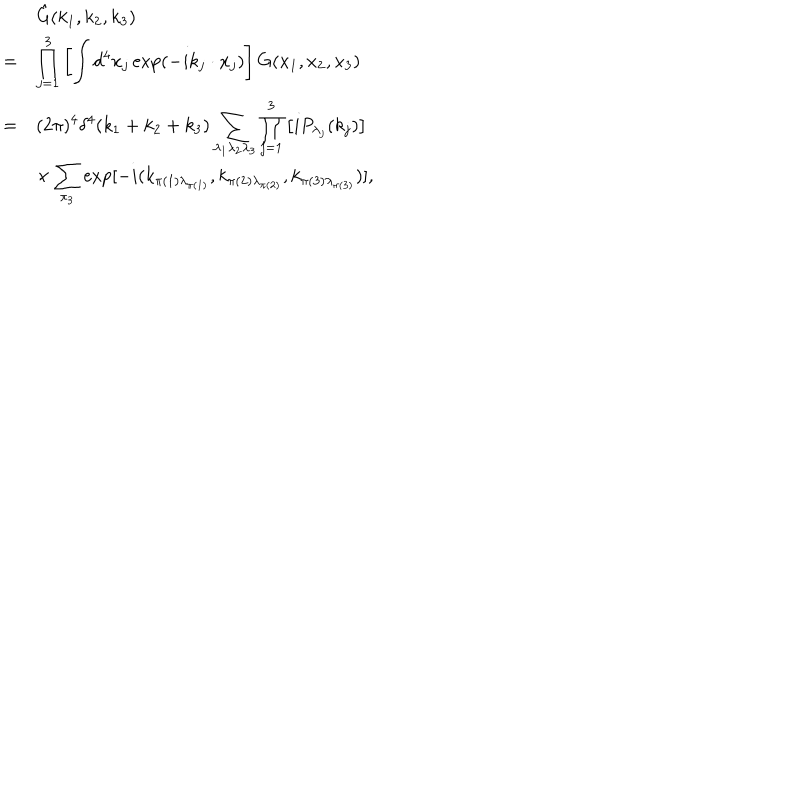
LaTeX: \begin{array} { r l } { { } } & { { \hat { G } ( k _ { 1 } , k _ { 2 } , k _ { 3 } ) } } \\ { { = } } & { { \displaystyle \prod _ { j = 1 } ^ { 3 } \left[ \int d ^ { 4 } x _ { j } \exp ( - i k _ { j } \cdot x _ { j } ) \right] G ( x _ { 1 } , x _ { 2 } , x _ { 3 } ) } } \\ { { = } } & { { \displaystyle ( 2 \pi ) ^ { 4 } \delta ^ { 4 } ( k _ { 1 } + k _ { 2 } + k _ { 3 } ) \sum _ { \lambda _ { 1 } \lambda _ { 2 } \lambda _ { 3 } } \prod _ { j = 1 } ^ { 3 } \left[ i P _ { \lambda _ { j } } ( k _ { j } ) \right] } } \\ { { } } & { { \displaystyle \times \sum _ { \pi _ { 3 } } \exp [ - i ( k _ { \pi ( 1 ) \lambda _ { \pi ( 1 ) } } , k _ { \pi ( 2 ) \lambda _ { \pi ( 2 ) } } , k _ { \pi ( 3 ) \lambda _ { \pi ( 3 ) } } ) ] , } } \\ \end{array}